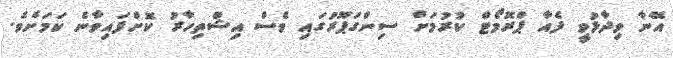
އޭނާ ވިދާޅުވީ ފެއާ ޕްރޮމޯޓް ކުރުމަށް ސިންގަޕޫރުގައި ވެސް އިޝްތިހާރު ކޮށްފައިވާނެ ކަމަށެވެ.